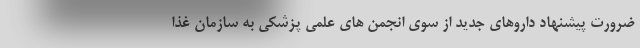
ضرورت پیشنهاد داروهای جدید از سوی انجمن های علمی پزشکی به سازمان غذا